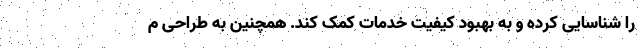
را شناسایی کرده و به بهبود کیفیت خدمات کمک کند. همچنین به طراحی م